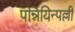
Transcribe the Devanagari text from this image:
पन्नियिन्पल्ली